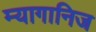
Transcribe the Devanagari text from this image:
म्यागानिज